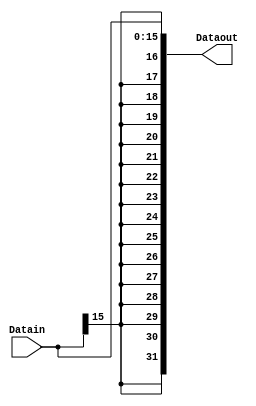
`timescale 1ns/1ns
module SignExtend (input [15:0] Datain,output[31:0] Dataout);
  assign Dataout = {{16{Datain[15]}}, Datain};
endmodule